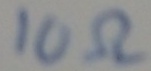
Text: 10Ω